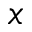
x